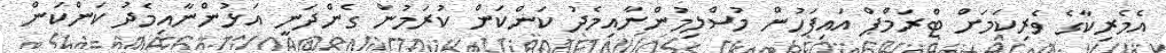
އެމެރިކާގެ ވެރިކަމަށް ޓްރަމްޕް އައިފަހުން މުސްލިމުންނާއިމެދު ކަންކަން ކުރަމުން ގެންދަނީ އަޅުންނާއިމެދު ކަންކަން